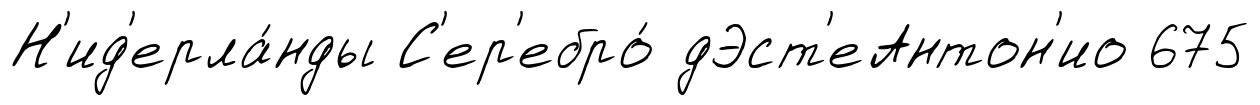
Н'ид'ерла́нды С'ер'ебро́ дЭст'еАнтон'ио 675